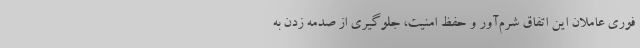
فوری عاملان این اتفاق شرم‌آور و حفظ امنیت، جلوگیری از صدمه زدن به